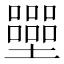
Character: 𡓿